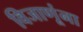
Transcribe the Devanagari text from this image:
विजाणूंना